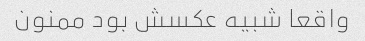
واقعا شبیه عکسش بود ممنون